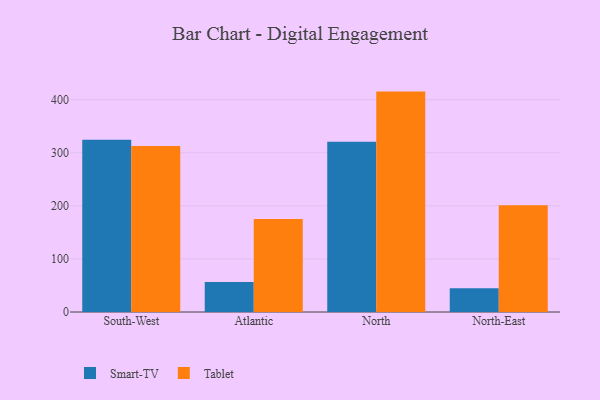
{"axis": {"x": "Region", "y": "Budget (USD K)"}, "legend": ["Smart-TV", "Tablet"], "data": [{"x": "South-West", "y": 324.3, "type": "Smart-TV"}, {"x": "South-West", "y": 312.8, "type": "Tablet"}, {"x": "Atlantic", "y": 56.7, "type": "Smart-TV"}, {"x": "Atlantic", "y": 175.2, "type": "Tablet"}, {"x": "North", "y": 320.5, "type": "Smart-TV"}, {"x": "North", "y": 415.1, "type": "Tablet"}, {"x": "North-East", "y": 44.8, "type": "Smart-TV"}, {"x": "North-East", "y": 201.1, "type": "Tablet"}]}